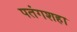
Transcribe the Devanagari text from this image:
पतंगशहा